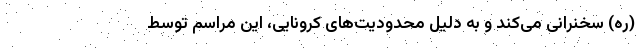
(ره) سخنرانی می‌کند و به دلیل محدودیت‌های کرونایی، این مراسم توسط